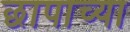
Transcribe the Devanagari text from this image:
छापाच्या